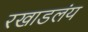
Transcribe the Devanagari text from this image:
रखाडलंय